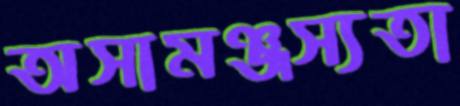
অসামঞ্জস্যতা